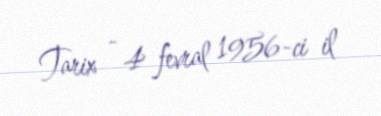
Tarix - 4 fevral 1956-ci il